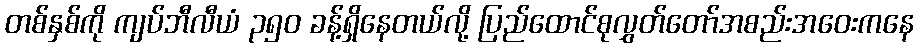
တစ်နှစ်ကို ကျပ်ဘီလီယံ ၃၅၀ ခန့်ရှိနေတယ်လို့ ပြည်ထောင်စုလွှတ်တော်အစည်းအဝေးကနေ